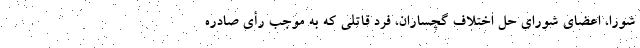
شورا، اعضای شورای حل اختلاف گچساران، فرد قاتلی که به موجب رأی صادره